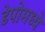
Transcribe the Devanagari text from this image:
डेपोमध्ये